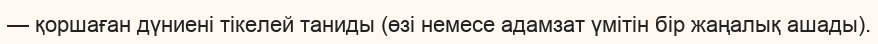
— қоршаған дүниені тікелей таниды (өзі немесе адамзат үмітін бір жаңалық ашады).